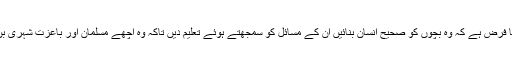
اساتذہ کا فرض ہے کہ وہ بچوں کو صحیح انسان بنائیں ان کے مسائل کو سمجھتے ہوئے تعلیم دیں تاکہ وہ اچھے مسلمان اور باعزت شہری بن سکیں۔